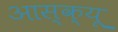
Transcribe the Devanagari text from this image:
आस्क्यू